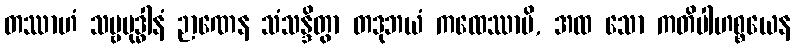
တဿာဟံ သဗ္ဗဗုဒ္ဓါနံ ဉာဏေန သံသန္ဒိတွာ တဒုဘယံ ကထေဿာမိ, အထ သော ကတိပါဟစ္စယေန